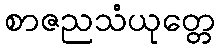
စာဇညသံယုတ္တေ